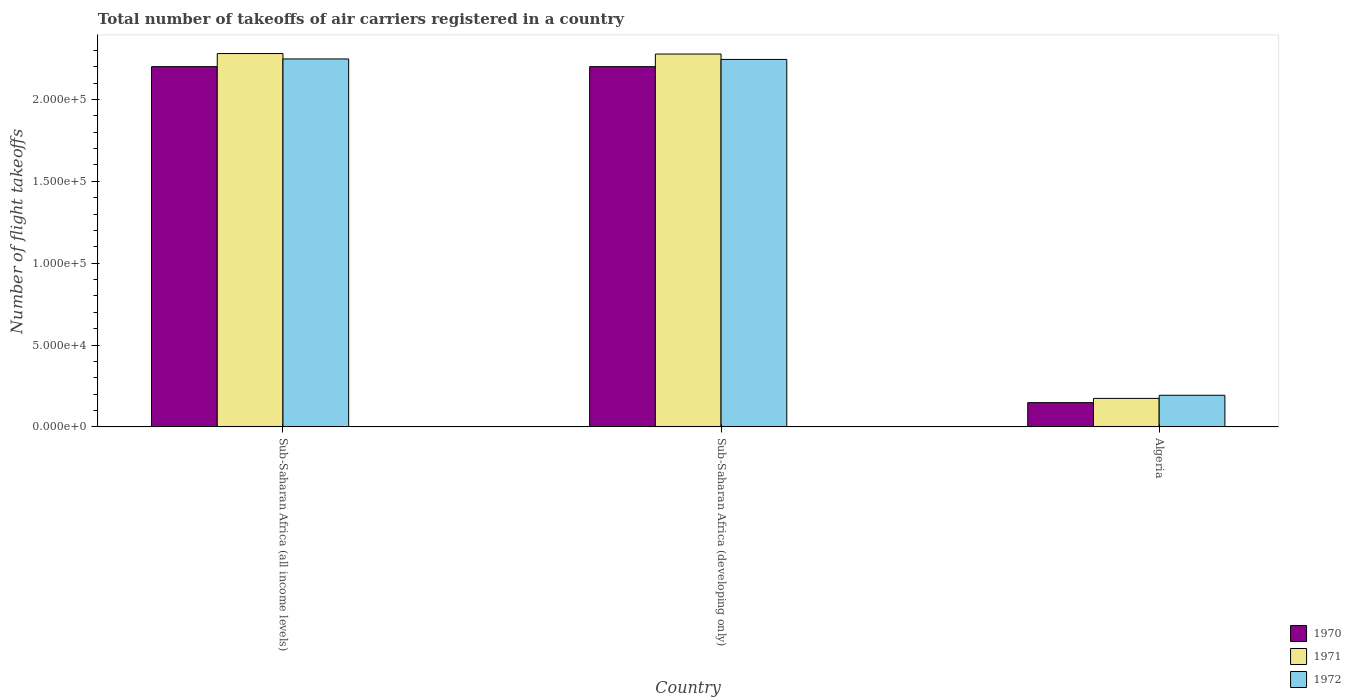
| Country | 1970 | 1971 | 1972 |
 | --- | --- | --- | --- |
 | Sub-Saharan Africa (all income levels) | 2.2e+05 | 2.28e+05 | 2.25e+05 |
 | Sub-Saharan Africa (developing only) | 2.2e+05 | 2.28e+05 | 2.24e+05 |
 | Algeria | 1.48e+04 | 1.74e+04 | 1.93e+04 |